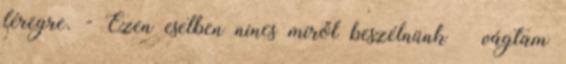
féregre. - Ezen esetben nincs miről beszélnünk – vágtam